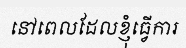
នៅពេលដែលខ្ញុំធ្វើការ